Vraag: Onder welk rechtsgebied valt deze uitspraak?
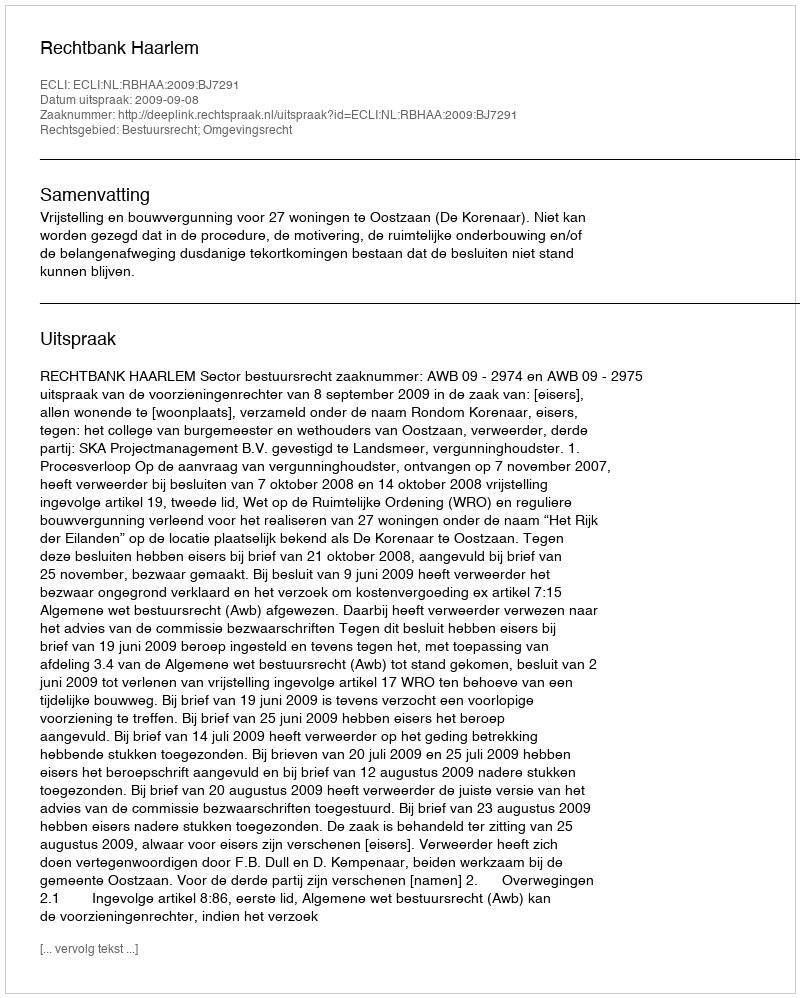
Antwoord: Bestuursrecht; Omgevingsrecht